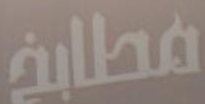
مطابخ